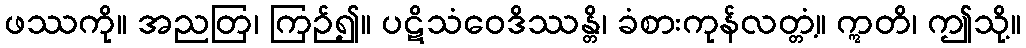
ဖဿကို။ အညတြ၊ ကြဉ်၍။ ပဋိသံဝေဒိဿန္တိ၊ ခံစားကုန်လတ္တံ့။ ဣတိ၊ ဤသို့။